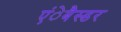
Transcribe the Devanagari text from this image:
एंेबैस्डर